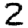
Digit: 2